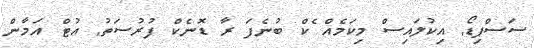
ސަސްޕިޑޯ